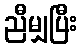
ညီမျှပြီး